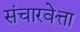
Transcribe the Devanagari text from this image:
संचारवेत्ता